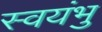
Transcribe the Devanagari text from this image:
स्‍वयंभु